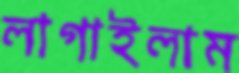
লাগাইলাম